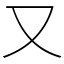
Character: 又